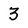
Character: 3